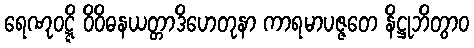
ရေဏုဝဋ္ဋိ ဝိဝိဓနယတ္တာဒိဟေတုနာ ကာရမာပဇ္ဇတေ နိဋ္ဌုဘိတွာဝ